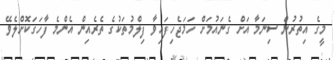
މީގެ އިތުރުން ސިނަމާ އަށް ގެނައުމަށް ހަމަޖެހިފައިވާ ފިލްމުތަކުގެ ތެރެއިން އެންމެ ފާހަގަކޮށްލެވޭ